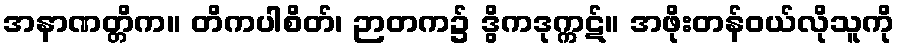
အနာဏတ္တိက။ တိကပါစိတ်၊ ဉာတက၌ ဒွိကဒုက္ကဋ်။ အဖိုးတန်ဝယ်လိုသူကို